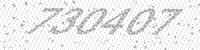
Solution: 730407